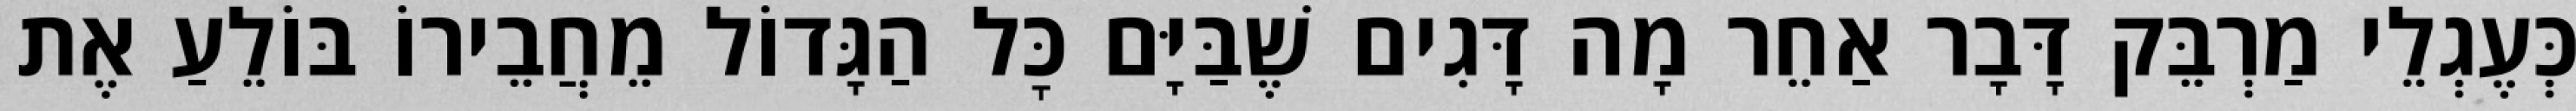
כְּעֶגְלֵי מַרְבֵּק דָּבָר אַחֵר מָה דָּגִים שֶׁבַּיָּם כׇּל הַגָּדוֹל מֵחֲבֵירוֹ בּוֹלֵעַ אֶת